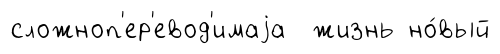
сложноп'ер'евод'имаjа жизнь но́вый